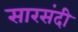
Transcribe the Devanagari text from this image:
सारसंदी